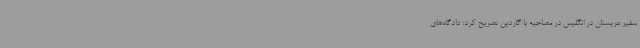
سفیر عربستان در انگلیس در مصاحبه با گاردین تصریح کرد: دادگاه‌های